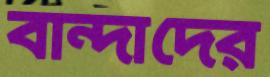
বান্দাদের